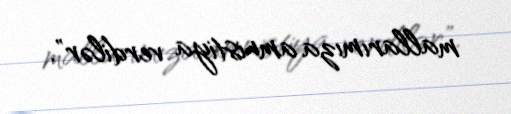
mallarımıza amnistiya verdilər".